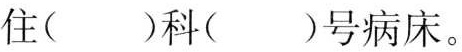
住()科()号病床。